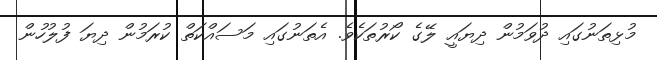
މުޅިތަނުގައި ދުވަމުން ދިޔައީ ލޭގެ ކޯރުތަކެވެ. އެތަނުގައި މަސައްކަތް ކުރަމުން ދިޔަ ފުލުހުން